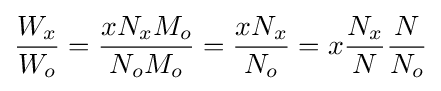
{\frac {W_{x}}{W_{o}}}={\frac {xN_{x}M_{o}}{N_{o}M_{o}}}={\frac {xN_{x}}{N_{o}}}=x{\frac {N_{x}}{N}}{\frac {N}{N_{o}}}